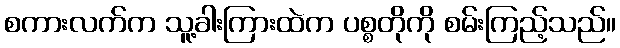
စကားလက်က သူ့ခါးကြားထဲက ပစ္စတိုကို စမ်းကြည့်သည်။